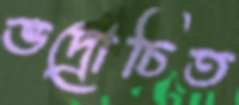
ভদ্রোচিত